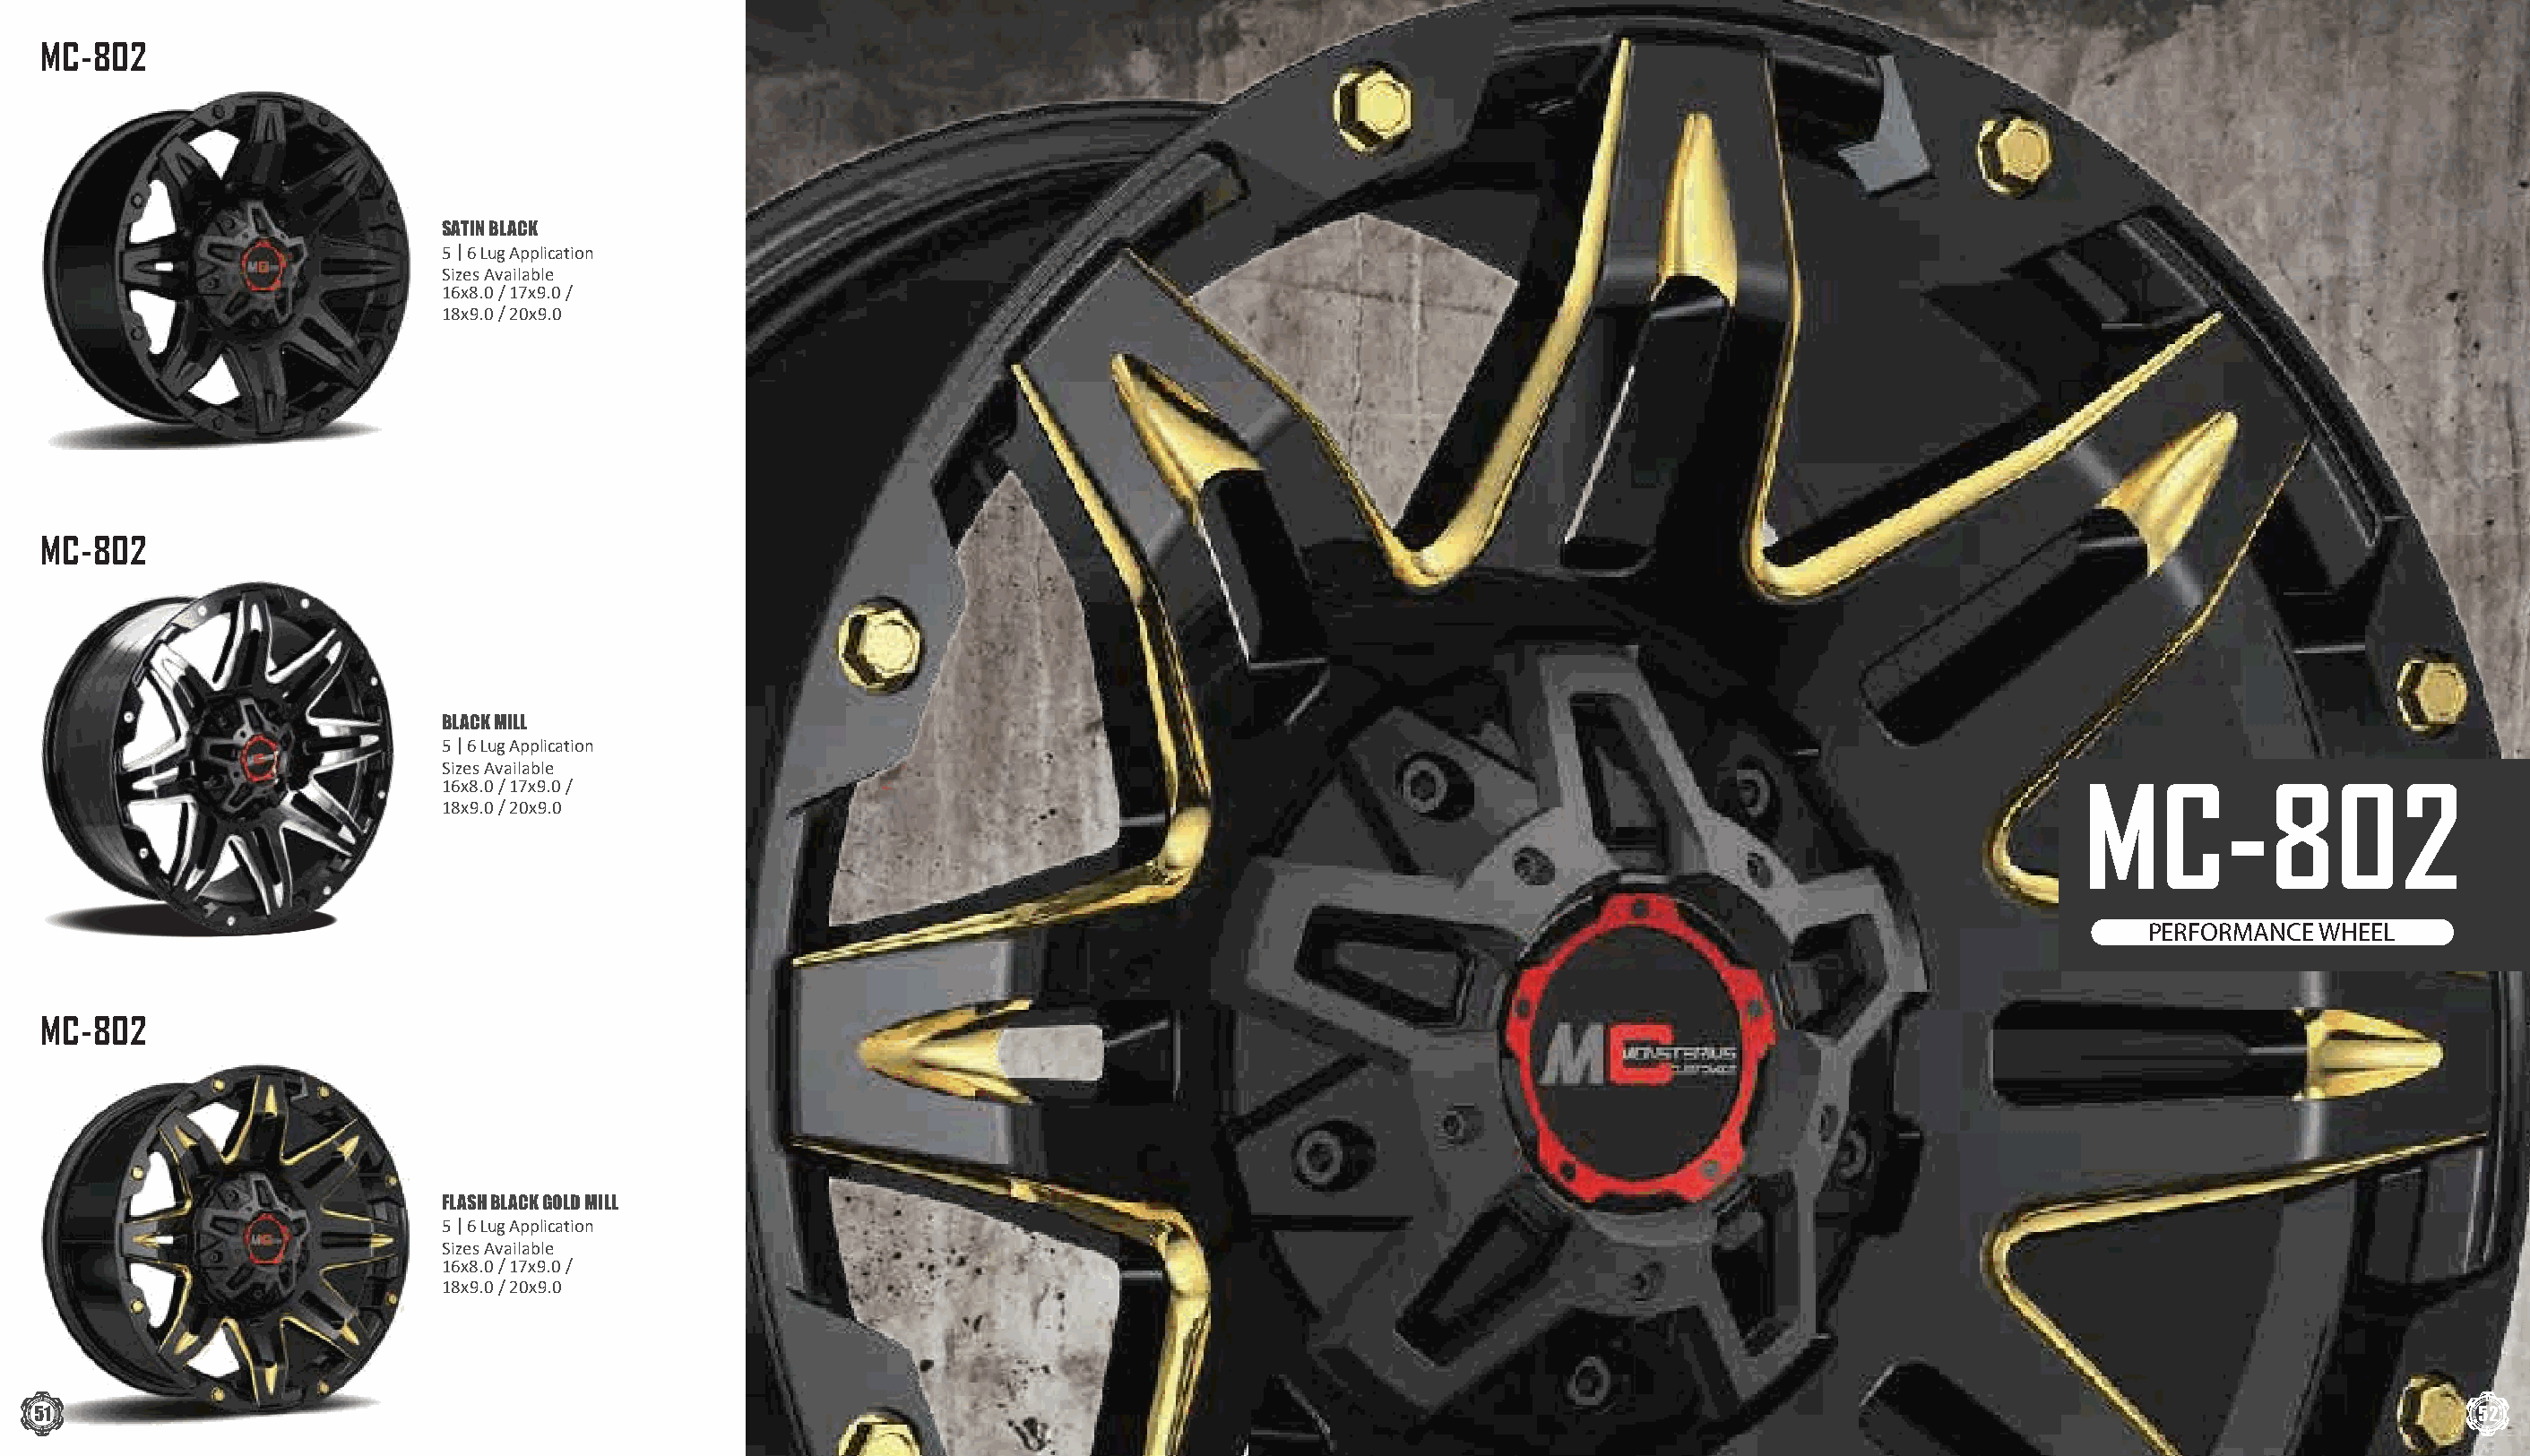
MC-802
 SATIN BLACK
 5 | 6 Lug Application
 Sizes Available
 16x8.0 / 17x9.0 /
 18x9.0 / 20x9.0
 MC-802
 BLACK MILL
 5 | 6 Lug Application
 Sizes Available
 16x8.0 / 17x9.0 /                                                                                                        MC-802
 18x9.0 / 20x9.0
 PERFORMANCE WHEEL
 MC-802
 FLASH BLACK GOLD MILL
 5 | 6 Lug Application
 Sizes Available
 16x8.0 / 17x9.0 /
 18x9.0 / 20x9.0
 51                                                                                                                                                                                  52